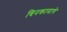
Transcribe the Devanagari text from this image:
बिनकामाचे